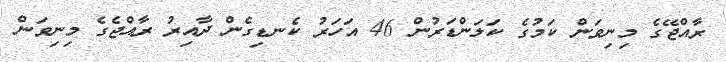
ރާއްޖޭގެ މިނިވަން ކަމުގެ ކަލަންޑަރުން 46 އަހަރު ކެނޑިގެން ދާއިރު ރާއްޖެގެ މިނިވަން